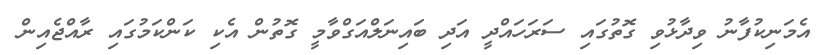
އެމަނިކުފާނު ވިދާޅުވި ގޮތުގައި ސަރަހައްދީ އަދި ބައިނަލްއަގްވާމީ ގޮތުން އެކި ކަންކަމުގައި ރާއްޖެއިން